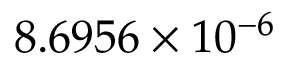
8 . 6 9 5 6 \times 1 0 ^ { - 6 }